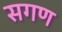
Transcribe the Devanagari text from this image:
सगण